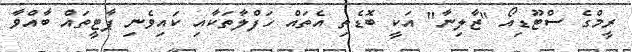
ރީމްގެ ސްޓޫޑިއޯ "ޒާލިނާ" އަކީ ބޮޑެތި އެތައް ހަފްލާތަކާއި ކައިވެނި ޕާޓީތައް ބާއްވާ